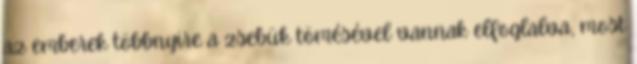
az emberek többnyire a zsebük tömésével vannak elfoglalva, most